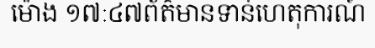
ម៉ោង ១៧:៤៧ព័ត៌មានទាន់ហេតុការណ៍